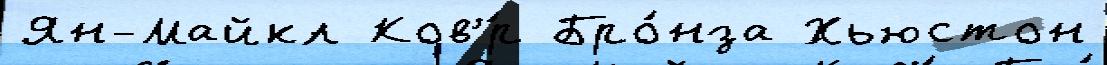
Ян-Майкл Ков'́р Бро́нза Хьюстон